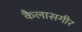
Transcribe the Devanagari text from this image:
कैलासगीर